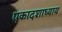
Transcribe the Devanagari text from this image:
एकादशाध्याय